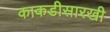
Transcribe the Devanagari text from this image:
काकडीसारखी